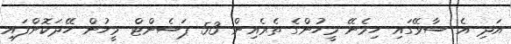
އަދި އެ ސާވޭގައި ހިމެނޭ މީހުންގެ ތެރެއިން 53 ޕަސެންޓް މީހުން ހޭދަކޮށްފައި